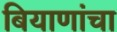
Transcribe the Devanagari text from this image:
बियाणांचा